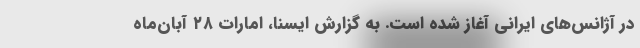
در آژانس‌های ایرانی آغاز شده است. به گزارش ایسنا، امارات ۲۸ آبان‌ماه